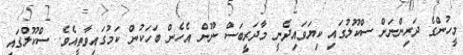
މީހުންގެ ދަރިންނަށް ސްކޫލުގައި ކިޔަވައިދެނީ މާދަރީބަސް ނޫން އެހެން ބަހަކުން ކަމުގައިވާތީއެވެ. ސްކޫލްގައި